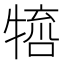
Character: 𤚵